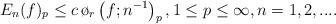
LaTeX: \begin{align*} E_n(f)_p \le c \, \o_r \left (f; n^{-1}\right )_p, 1 \le p \le \infty, n =1,2,....\end{align*}